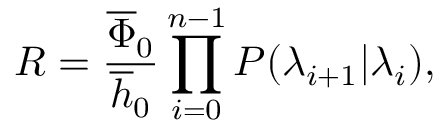
R = \frac { \overline { { \Phi } } _ { 0 } } { \overline { { h } } _ { 0 } } \prod _ { i = 0 } ^ { n - 1 } P ( \lambda _ { i + 1 } | \lambda _ { i } ) ,